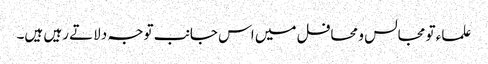
علماء تو مجالس و محافل میں اس جانب توجہ دلاتے رہیں ہیں۔